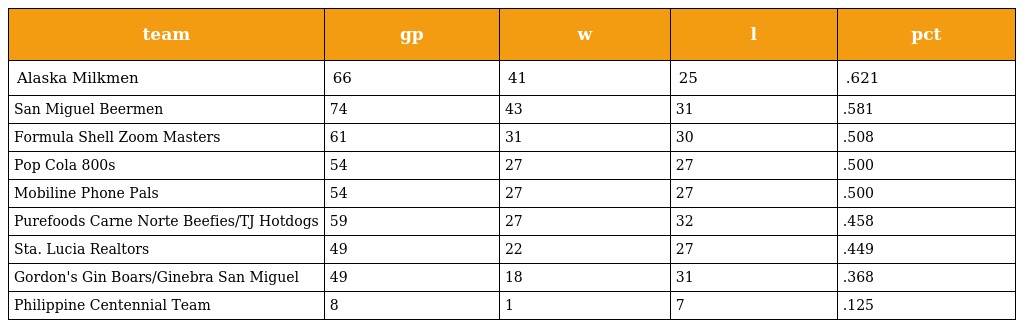
| team | gp | w | l | pct |
 | --- | --- | --- | --- | --- |
 | Alaska Milkmen | 66 | 41 | 25 | .621 |
 | San Miguel Beermen | 74 | 43 | 31 | .581 |
 | Formula Shell Zoom Masters | 61 | 31 | 30 | .508 |
 | Pop Cola 800s | 54 | 27 | 27 | .500 |
 | Mobiline Phone Pals | 54 | 27 | 27 | .500 |
 | Purefoods Carne Norte Beefies/TJ Hotdogs | 59 | 27 | 32 | .458 |
 | Sta. Lucia Realtors | 49 | 22 | 27 | .449 |
 | Gordon's Gin Boars/Ginebra San Miguel | 49 | 18 | 31 | .368 |
 | Philippine Centennial Team | 8 | 1 | 7 | .125 |